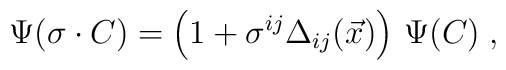
\Psi (\sigma \cdot C)= \left(1+ \sigma^{ij}\Delta_{ij}(\vec{x})\right)\,\Psi (C)\;,